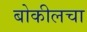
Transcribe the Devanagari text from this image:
बोकीलचा